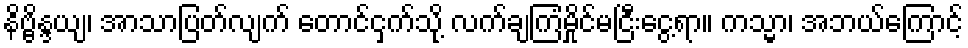
နိဗ္ဗိန္ဒယျ၊ အာသာပြတ်လျက် တောင်ငှက်သို့ လက်ချကြံမှိုင်မငြီးငွေ့ရာ။ ကသ္မာ၊ အဘယ်ကြောင့်